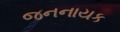
જનનાયક